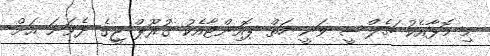
މި މޮޅާއެކު ޗެލްސީ ވަނީ ހަތް ޕޮއިންޓާއެކު ގުރޫޕް ޖީގެ ދެވަނަ އަށް